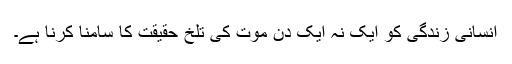
انسانی زندگی کو ایک نہ ایک دن موت کی تلخ حقیقت کا سامنا کرنا ہے۔